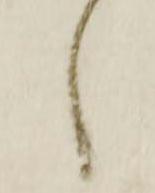
し